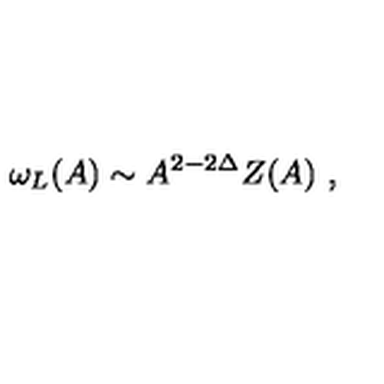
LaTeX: \omega _ { L } ( A ) \sim A ^ { 2 - 2 \Delta } Z ( A ) \ ,